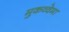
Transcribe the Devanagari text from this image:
मुकव्वेमा